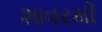
શાવરથી